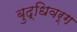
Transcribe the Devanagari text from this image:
बुद्धिवर्ग